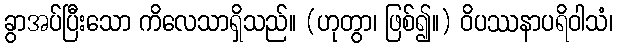
ခွာအပ်ပြီးသော ကိလေသာရှိသည်။ (ဟုတွာ၊ ဖြစ်၍။) ဝိပဿနာပရိဝါသံ၊